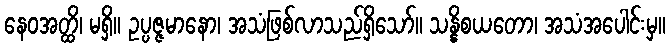
နေဝအတ္ထိ၊ မရှိ။ ဥပ္ပဇ္ဇမာနော၊ အသံဖြစ်လာသည်ရှိသော်။ သန္နိစယတော၊ အသံအပေါင်းမှ။